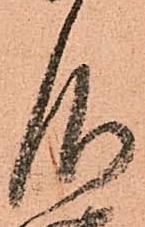
仰